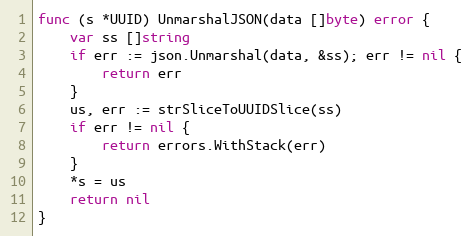
Language: Go
func (s *UUID) UnmarshalJSON(data []byte) error {
	var ss []string
	if err := json.Unmarshal(data, &ss); err != nil {
		return err
	}
	us, err := strSliceToUUIDSlice(ss)
	if err != nil {
		return errors.WithStack(err)
	}
	*s = us
	return nil
}